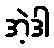
အဲ့ဒါ